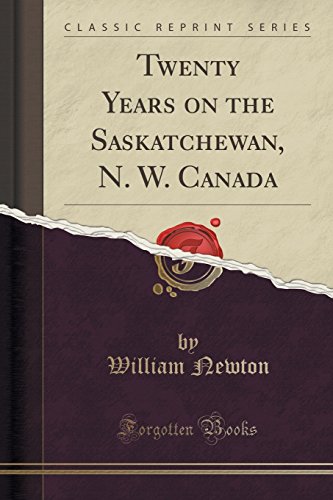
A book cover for Twenty Years on the Saskatchewan, N. W. Canada (Classic Reprint); William Newton; History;